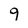
Character: 9